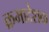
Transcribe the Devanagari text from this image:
क्रमादेशक